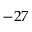
- 2 7